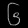
Digit: ၆